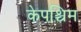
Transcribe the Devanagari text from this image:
केपश्चिम